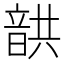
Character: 𩐠